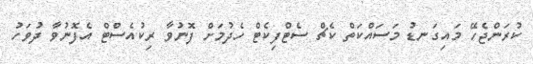
ކުރަންޖެހޭ މައިގަނޑު މަސައްކަތް ކެޗް ސެޓްފިކެޓް ހެދުމަށް ފޮނުވާ ރިކުއެސްޓް އެފޮނުވާ ދުވަހު